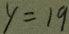
y = 1 9